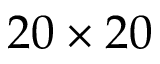
2 0 \times 2 0